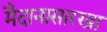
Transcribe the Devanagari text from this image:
मैदानासारखा